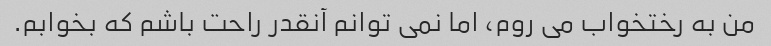
من به رختخواب می روم، اما نمی توانم آنقدر راحت باشم که بخوابم.